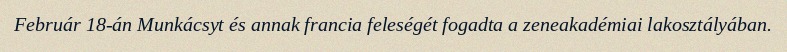
Február 18-án Munkácsyt és annak francia feleségét fogadta a zeneakadémiai lakosztályában.